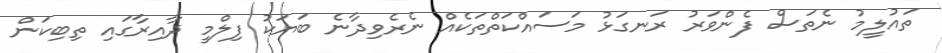
ތައުލީމު ނެތަސް ފެންވަރު ރަނގަޅު މަސައްކަތްތަކެއް ނެރެވިދާނެ ބަޔަކު ފިލްމީ ދާއިރާގައި ތިބިކަން